Rangoon Lunatic Asylum 1878-1892 - 1878-1892
Year: 1878
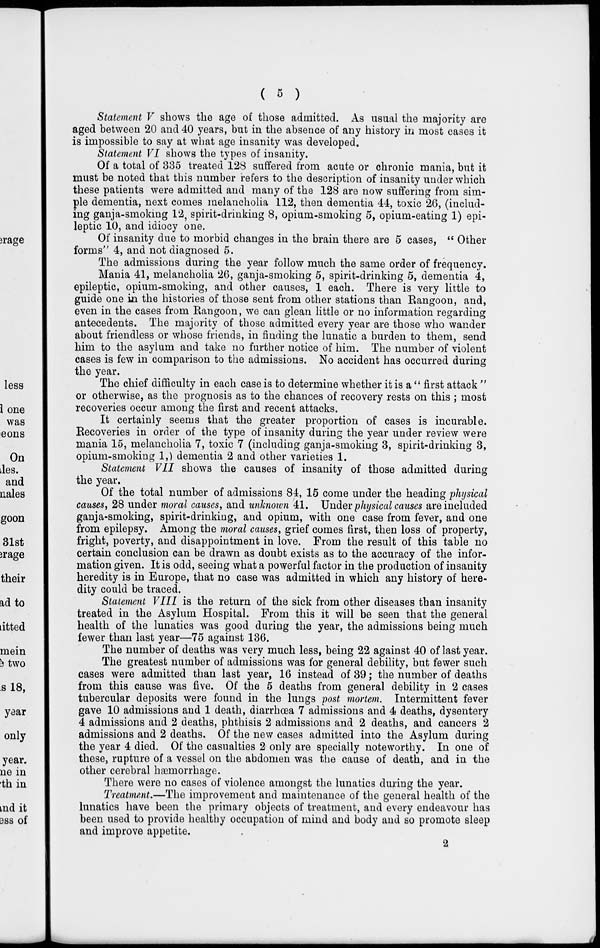
( 5 )
Statement V shows the age of those admitted. As usual the majority are
aged between 20 and 40 years, but in the absence of any history in most cases it
is impossible to say at what age insanity was developed.
Statement VI shows the types of insanity.
Of a total of 335 treated 128 suffered from acute or chronic mania, but it
must be noted that this number refers to the description of insanity under which
these patients were admitted and many of the 128 are now suffering from sim-
ple dementia, next comes melancholia 112, then dementia 44, toxic 26, (includ-
ing ganja-smoking 12, spirit-drinking 8, opium-smoking 5, opium-eating 1) epi-
leptic 10, and idiocy one.
Of insanity due to morbid changes in the brain there are 5 cases, " Other
forms" 4, and not diagnosed 5.
The admissions during the year follow much the same order of frequency.
Mania 41, melancholia 26, ganja-smoking 5, spirit-drinking 5, dementia 4,
epileptic, opium-smoking, and other causes, 1 each. There is very little to
guide one in the histories of those sent from other stations than Rangoon, and,
even in the cases from Rangoon, we can glean little or no information regarding
antecedents. The majority of those admitted every year are those who wander
about friendless or whose friends, in finding the lunatic a burden to them, send
him to the asylum and take no further notice of him. The number of violent
cases is few in comparison to the admissions. No accident has occurred during
the year.
The chief difficulty in each case is to determine whether it is a " first attack "
or otherwise, as the prognosis as to the chances of recovery rests on this ; most
recoveries occur among the first and recent attacks.
It certainly seems that the greater proportion of cases is incurable.
Recoveries in order of the type of insanity during the year under review were
mania 15, melancholia 7, toxic 7 (including ganja-smoking 3, spirit-drinking 3,
opium-smoking 1,) dementia 2 and other varieties 1.
Statement VII shows the causes of insanity of those admitted during
the year.
Of the total number of admissions 84, 15 come under the heading physical
causes, 28 under moral causes, and unknown 41. Under physical causes are included
ganja-smoking, spirit-drinking, and opium, with one case from fever, and one
from epilepsy. Among the moral causes, grief comes first, then loss of property,
fright, poverty, and disappointment in love. From the result of this table no
certain conclusion can be drawn as doubt exists as to the accuracy of the infor-
mation given. It is odd, seeing what a powerful factor in the production of insanity
heredity is in Europe, that no case was admitted in which any history of here-
dity could be traced.
Statement VIII is the return of the sick from other diseases than insanity
treated in the Asylum Hospital. From this it will be seen that the general
health of the lunatics was good during the year, the admissions being much
fewer than last year—75 against 136.
The number of deaths was very much less, being 22 against 40 of last year.
The greatest number of admissions was for general debility, but fewer such
cases were admitted than last year, 16 instead of 39; the number of deaths
from this cause was five. Of the 5 deaths from general debility in 2 cases
tubercular deposits were found in the lungs post mortem. Intermittent fever
gave 10 admissions and 1 death, diarrhœa 7 admissions and 4 deaths, dysentery
4 admissions and 2 deaths, phthisis 2 admissions and 2 deaths, and cancers 2
admissions and 2 deaths. Of the new cases admitted into the Asylum during
the year 4 died. Of the casualties 2 only are specially noteworthy. In one of
these, rupture of a vessel on the abdomen was the cause of death, and in the
other cerebral hæmorrhage.
There were no cases of violence amongst the lunatics during the year.
Treatment.—The improvement and maintenance of the general health of the
lunatics have been the primary objects of treatment, and every endeavour has
been used to provide healthy occupation of mind and body and so promote sleep
and improve appetite.
2